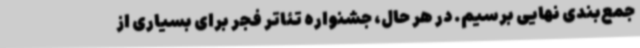
جمع‌بندی نهایی برسیم. در هر حال، جشنواره تئاتر فجر برای بسیاری از